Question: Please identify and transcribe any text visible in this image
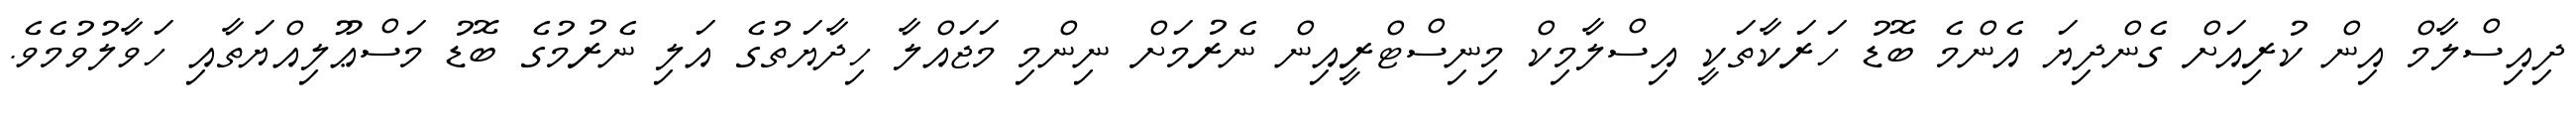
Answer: ދިއިސްލާމް އިން ކުރިއަށް ގެންދިޔަ އެންމެ ބޮޑު ހަރަކާތަކީ އިސްލާމިކް މިނިސްޓްރީއިން ނެރުމަށް ނިންމި މަޖައްލާ ހިދާޔަތުގެ އަލި ނެރުމުގެ ބޮޑު މަސްޢޫލިއްޔަތާއި ހަވާލުވުމެވެ.